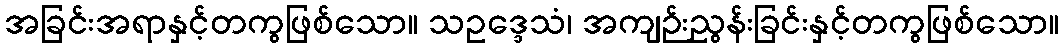
အခြင်းအရာနှင့်တကွဖြစ်သော။ သဥဒ္ဒေသံ၊ အကျဉ်းညွန်းခြင်းနှင့်တကွဖြစ်သော။